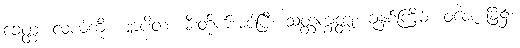
ခေတ္တံ၊ လယ်ကို။ ဈာပိတံ၊ မီးတိုက်အပ်ပြီ။ သတ္တက္ခတ္တုံ၊ ခုနှစ်ကြိမ်။ ဝဇေ၊ ခြံ၌။